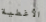
الأغطية